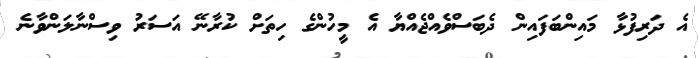
އެ ދަރިފުޅާ މައިންބަފައިން ދެބަސްވެއްޖެއްޔާ އެ މީހުންގެ ހިތަށް ކުރާނޭ އަސަރު ވިސްނާލަންވާނެ